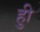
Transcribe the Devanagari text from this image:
हुी